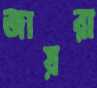
জায়রা